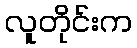
လူတိုင်းက